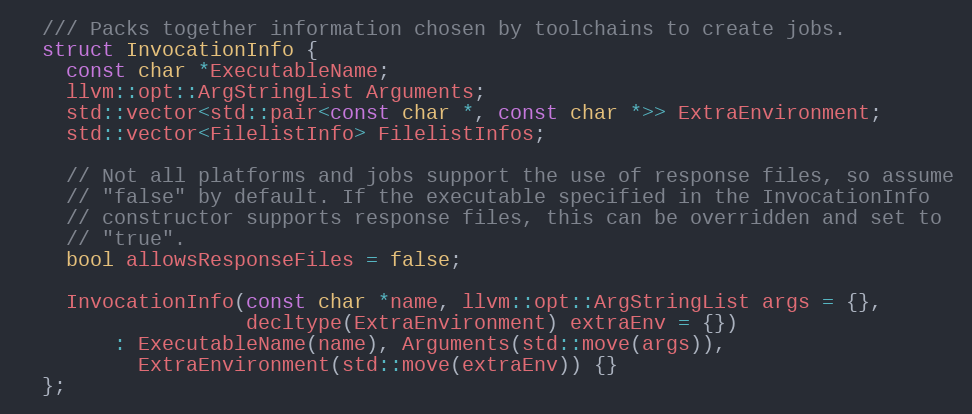
Language: C
  /// Packs together information chosen by toolchains to create jobs.
  struct InvocationInfo {
    const char *ExecutableName;
    llvm::opt::ArgStringList Arguments;
    std::vector<std::pair<const char *, const char *>> ExtraEnvironment;
    std::vector<FilelistInfo> FilelistInfos;

    // Not all platforms and jobs support the use of response files, so assume
    // "false" by default. If the executable specified in the InvocationInfo
    // constructor supports response files, this can be overridden and set to
    // "true".
    bool allowsResponseFiles = false;

    InvocationInfo(const char *name, llvm::opt::ArgStringList args = {},
                   decltype(ExtraEnvironment) extraEnv = {})
        : ExecutableName(name), Arguments(std::move(args)),
          ExtraEnvironment(std::move(extraEnv)) {}
  };